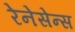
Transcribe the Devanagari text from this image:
रेनेसेन्स